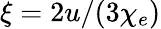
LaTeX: \xi=2u/(3\chi_{e})